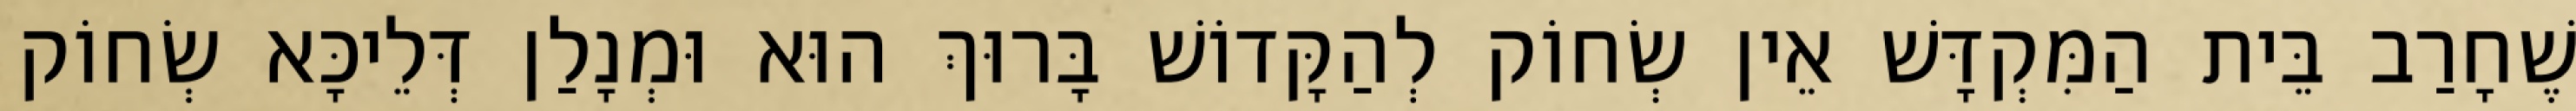
שֶׁחָרַב בֵּית הַמִּקְדָּשׁ אֵין שְׂחוֹק לְהַקָּדוֹשׁ בָּרוּךְ הוּא וּמְנָלַן דְּלֵיכָּא שְׂחוֹק